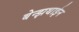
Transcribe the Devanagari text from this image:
बेन्झथाईन